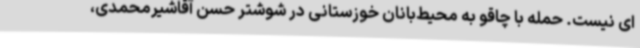
ای نیست. حمله با چاقو به محیط‌بانان خوزستانی در شوشتر حسن آقاشیرمحمدی،